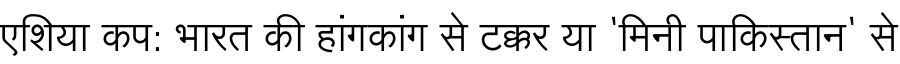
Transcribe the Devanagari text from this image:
एशिया कप: भारत की हांगकांग से टक्कर या 'मिनी पाकिस्तान' से